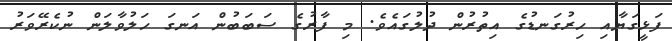
ފަޅީގަޔާއި ހިރުގަނޑުގެ އިތުރުން ދުލުގައެވެ. މި ފާރުގެ ސަބަބުން އަނގަ ހަލުވާލަން ނުކެރޭވަރު